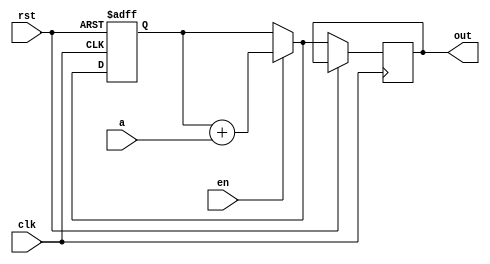

module multiadder(
  input [5:0]a,
  input clk,  //clk of register
  input en,
  input rst,
  output reg[5:0]out
);
  reg[5:0] sum;

  always @(posedge clk,posedge rst) begin
    if(rst) begin
      sum<=6'b000_000;
    end
    else if(en) begin
      sum=sum+a;
      out=sum;
    end 
    else begin
      out=sum;
    end 
  end

endmodule